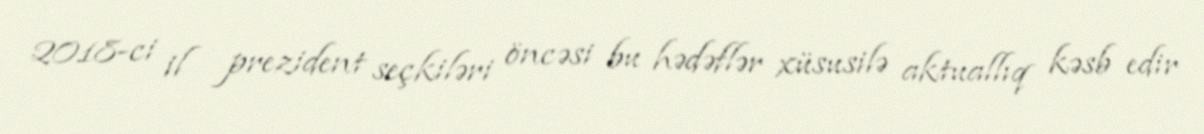
2018-ci il prezident seçkiləri öncəsi bu hədəflər xüsusilə aktuallıq kəsb edir